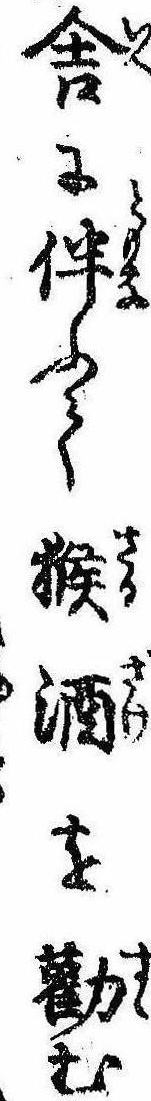
舎に伴ふて猴酒を勧む